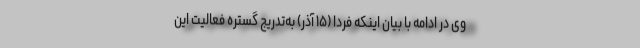
وی در ادامه با بیان اینکه فردا (۱۵ آذر) به‌تدریج گستره فعالیت این